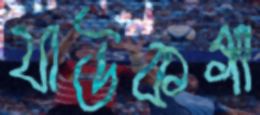
যাউকগা